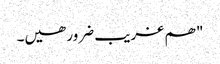
" ھم غریب ضرور ھیں۔